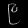
Digit: ၉